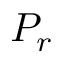
P _ { r }